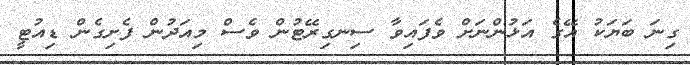
ގިނަ ބަޔަކު އޭގެ އަޅުންނަށް ވެފައިވާ ސިނގިރޭޓުން ވެސް މިއަދުން ފެށިގެން ޑިއުޓީ